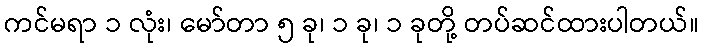
ကင်မရာ ၁ လုံး၊ မော်တာ ၅ ခု၊ ၁ ခု၊ ၁ ခုတို့ တပ်ဆင်ထားပါတယ်။